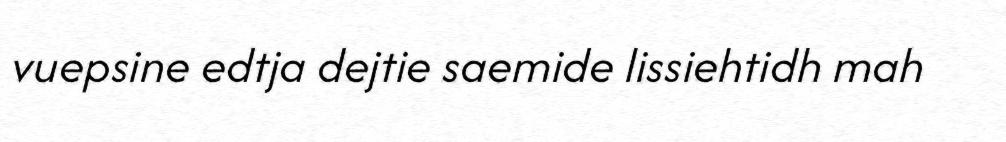
vuepsine edtja dejtie saemide lissiehtidh mah